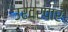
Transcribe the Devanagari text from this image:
उरवरपार